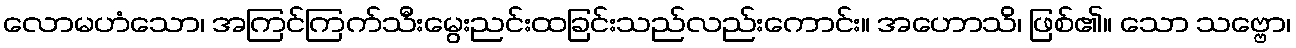
လောမဟံသော၊ အကြင်ကြက်သီးမွေးညင်းထခြင်းသည်လည်းကောင်း။ အဟောသိ၊ ဖြစ်၏။ သော သဗ္ဗော၊